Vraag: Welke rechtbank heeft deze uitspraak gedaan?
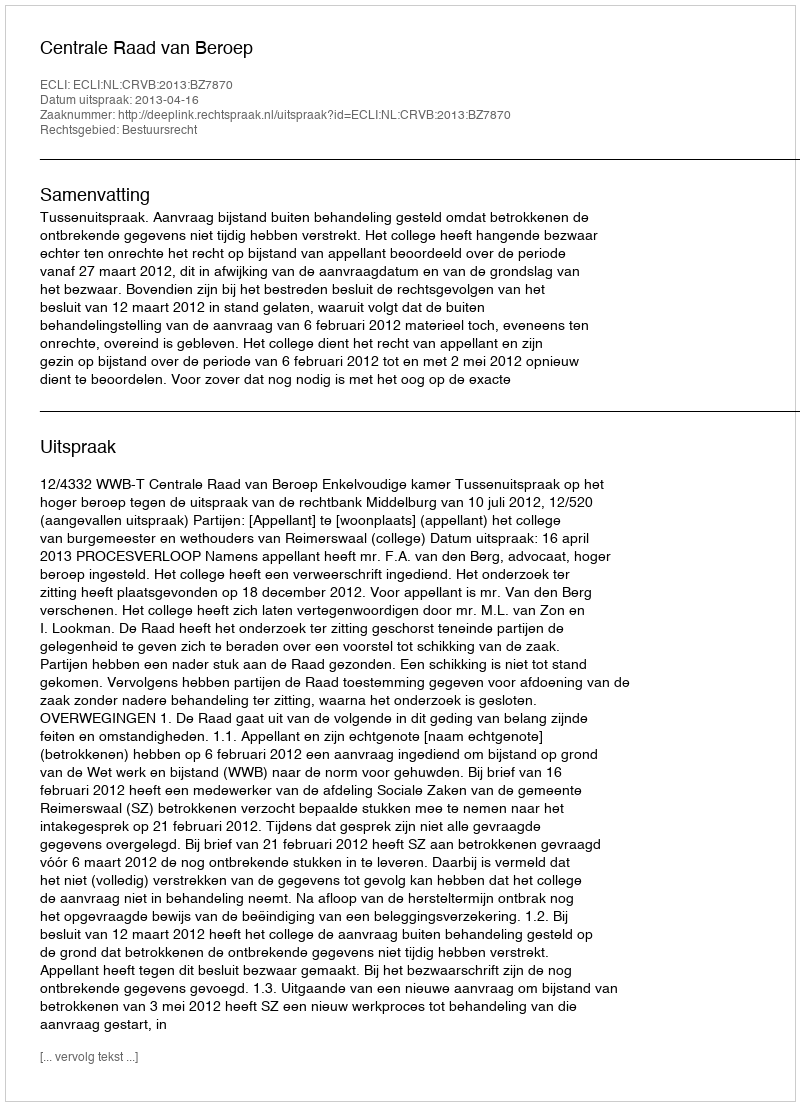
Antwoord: Centrale Raad van Beroep